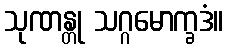
သုဏန္တု သဂ္ဂမောက္ခဒံ။